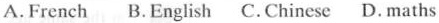
A.French B.English C.Chinese D.maths